Indian journal of veterinary science and animal husbandry - Volume 4,
Year: 1934
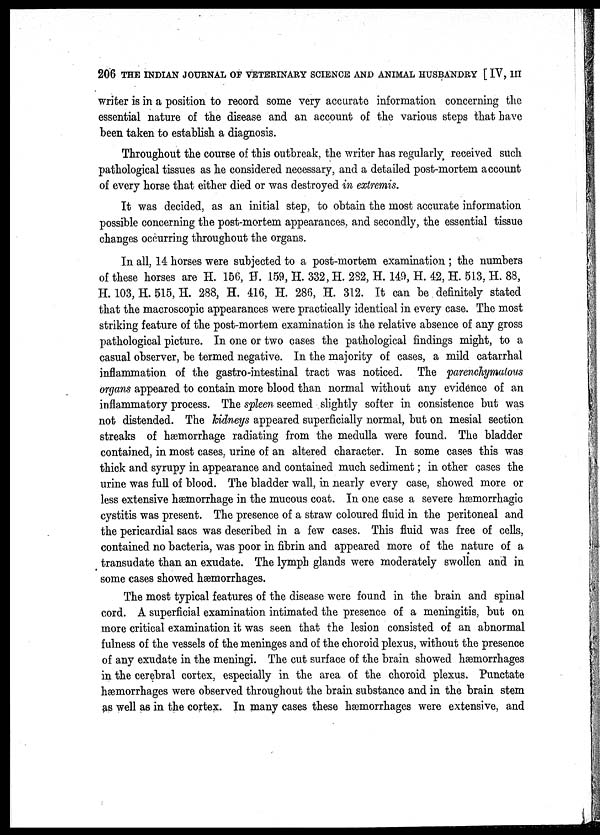
206 THE INDIAN JOURNAL OF VETERINARY SCIENCE AND ANIMAL HUSBANDRY [ IV, III
writer is in a position to record some very accurate information concerning the
essential nature of the disease and an account of the various steps that have
been taken to establish a diagnosis.
Throughout the course of this outbreak, the writer has regularly. received such
pathological tissues as he considered necessary, and a detailed post-mortem account
of every horse that either died or was destroyed in extremis.
It was decided, as an initial step, to obtain the most accurate information
possible concerning the post-mortem appearances, and secondly, the essential tissue
changes occurring throughout the organs.
In all, 14 horses were subjected to a post-mortem examination ; the numbers
of these horses are H. 156, H. .159, H. 332, H. 282, H. 149, H. 42, H. 513, H. 88,
H. 103, H. 515, H. 288, H. 416, H. 286, H. 312. It can be definitely stated
that the macroscopic appearances were practically identical in every case. The most
striking feature of the post-mortem examination is the relative absence of any gross
pathological picture. In one or two cases the pathological findings might, to a
casual observer, be termed negative. In the majority of cases, a mild catarrhal
inflammation of the gastro-intestinal tract was noticed. The parenchymatous
organs appeared to contain more blood than normal without any evidence of an
inflammatory process. The spleen seemed slightly softer in consistence but was
not distended. The kidneys appeared superficially normal, but on mesial section
streaks of hæmorrhage radiating from the medulla were found. The bladder
contained, in most cases, urine of an altered character. In some cases this was
thick and syrupy in appearance and contained much sediment; in other cases the
urine was full of blood. The bladder wall, in nearly every case, showed more or
less extensive hæmorrhage in the mucous coat. In one case a severe hæmorrhagic
cystitis was present. The presence of a straw coloured fluid in the peritoneal and
the pericardial sacs was described in a few cases. This fluid was free of cells,
contained no bacteria, was poor in fibrin and appeared more of the nature of a
transudate than an exudate. The lymph glands were moderately swollen and in
some cases showed hæmorrhages.
The most typical features of the disease were found in the brain and spinal
cord. A superficial examination intimated the presence of a meningitis, but on
more critical examination it was seen that the lesion consisted of an abnormal
fulness of the vessels of the meninges and of the choroid plexus, without the presence
of any exudate in the meningi. The cut surface of the brain showed hæmorrhages
in the cerebral cortex, especially in the area of the choroid plexus. Punctate
hæmorrhages were observed throughout the brain substance and in the brain stem
as well as in the cortex. In many cases these hæmorrhages were extensive, and